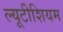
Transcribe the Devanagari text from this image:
ल्यूटीशियम